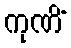
ကုဏိံ